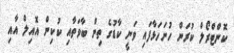
ކޮންޓްރޯލް ކުރަން ހުށަހަޅާފައި ވަނީ ކާޑުގެ ތިން ބާވަތާއި ކުކިން އޮއިލް އާއި